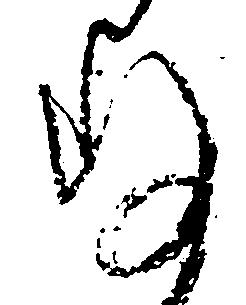
存